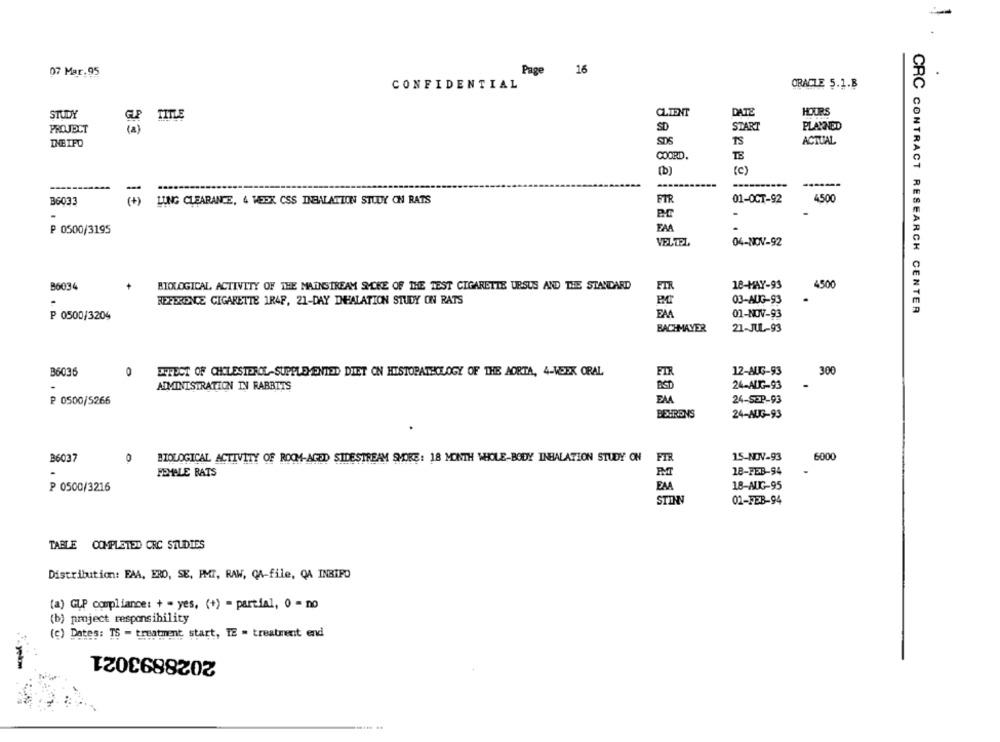
07 Mar.95
Page
16
CONFIDENTIAL
ORACLE 5.1.B
CLIENT
DATE
HOURS
STUDY
TITLE
SD
START
PLANNED
PROJECT
13
SDS
TS
ACTUAL
INE IFD
COORD.
(c)
(b)
..
36033
(+)
LUNG CLEARANCE, 4 WEEK CSS INBALATION STUDY ON RATS
FTR
01-OCT-92
4500
B.C
P 0500/3195
FAA
VELTEL
04-NOV-92
B6034
BIOLOGICAL ACTIVITY OF THE MAINSTREAM SMYCKE OF THE TEST CIGARETTE URSUS AND THE STANDARD
FIR
18-MAY-93
4500
REFERENCE CIGARETTE 1R4P, 21-DAY INHALATION STUDY ON RATS
03-AUG-93
FAA
CRC CONTRACT RESEARCH CENTER
P 0500/3204
01-NOV-93
BACHMAYER
21-JUL-93
B6036
12-AUG-93
300
DERECT OF CHOLESTEROL-SUPPLEMENTED DIET ON HISTOPATHOLOGY OF THE AORTA, 4-WEEK ORAL
FIR
BSD
24-AUG-93
ADMINISTRATION IN RABBITS
P 0500/5266
EAA
24-SEP-93
BEHRENS
24-AUG-93
B6037
0
BIOLOGICAL ACTIVITY OF ROOM-AGED SIDESTREAM SHORE: 18 MONTH WHOLE-BODY INHALATION STUDY ON
FT
15-NOV-93
6000
FEMALE RATS
18-FEB-94
P 0500/3216
EA
18-AUG-95
STINN
01-FEB-94
TABLE COMPLETED CRC STUDIES
Distribution: EAA, ERO, SE, PMT, RAW, CA-file, QA INBIFO
(a) GLP compliance: + = yes, (+) = partial, 0 = no
(b) project responsibility
(c) Dates: TS - treatment start, TE . treatment end
2028893021